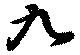
九